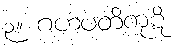
၃။ ဂဟပတိကုဋိ